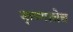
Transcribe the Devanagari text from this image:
कृष्णाचेच